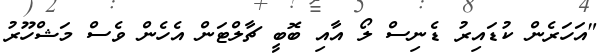
"އަހަރެން ކުޑައިރު ޑެނިސް ލޯ އާއި ބޮބީ ޗާލްޓަން އެހެން ވެސް މަޝްހޫރު